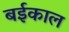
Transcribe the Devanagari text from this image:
बईकाल